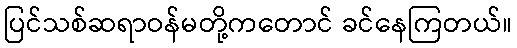
ပြင်သစ်ဆရာဝန်မတို့ကတောင် ခင်နေကြတယ်။